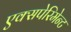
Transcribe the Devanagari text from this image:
एक्सपेरिमेन्ट